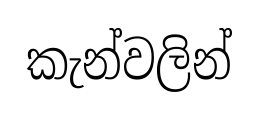
කැන්වලින්